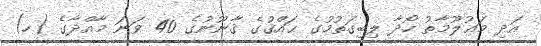
އަދި މަޢުލޫމާތު ހޯދާ ލިބިގަތުމުގެ ޙައްޤުގެ ޤާނޫނުގެ 40 ވަނަ މާއްދާގެ (ހ)